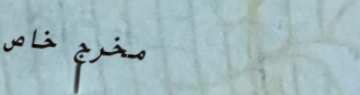
مخرج خاص